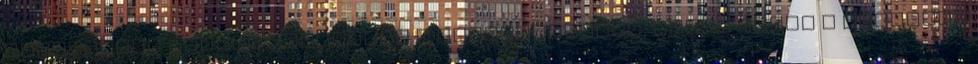
gyakrabban kezdte használni a nyelvkiöltést, ahogy ebben a világban